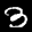
Label: 3